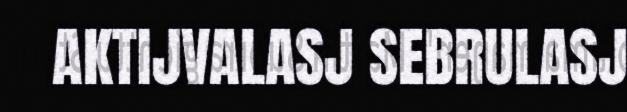
AKTIJVALASJ SEBRULASJ